Lunatic asylums United Provinces 1899-1908 - 1899-1908
Year: 1899
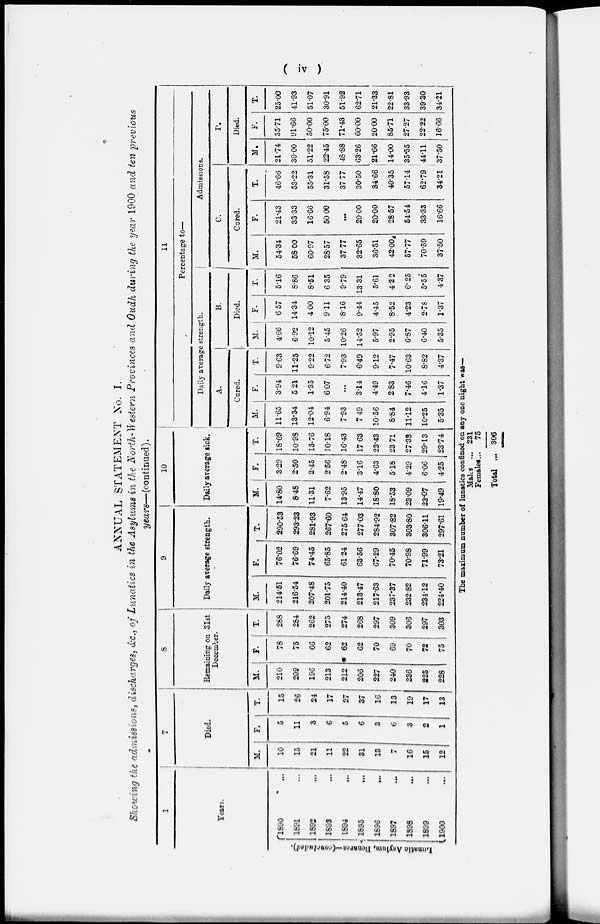
( iv )
ANNUAL STATEMENT No. I.
Showing the admissions, discharges, &c., of Lunatics in the Asylums in the North-Western Provinces and Oudh during the year 1900 and ten previous
years—(continued).
1
Years.
Lunatic
Asylum, Benares—(concluded).
1890 ...
1891 ...
1892 ...
1893 ...
1894 ...
1895 ...
1896 ...
1897 ...
1898 ...
1899 ...
1900 ...
7
Died.
M.
10
15
21
11
22
31
13
7
16
15
12
F.
5
11
3
6
5
6
3
6
3
2
1
T.
15
26
24
17
27
37
16
13
19
17
13
8
Remaining on 31st
December.
M.
210
209
196
213
212
206
227
240
236
225
228
F.
78
75
66
62
62
62
70
69
70
72
75
T.
288
264
262
275
274
268
297
309
306
297
303
9
Daily average strength.
M.
214.51
216.54
207.48
201.75
214.40
213.47
217.63
237.37
232.82
234.12
224.40
F.
76.02
76.69
74.45
65.85
61.24
63.56
67.29
70.45
70.98
71.99
73.21
T.
290.53
293.23
281.93
267.60
275.64
277.03
284.92
307.82
303.80
306.11
297.61
Daily average sick.
M.
14.80
8.48
11.31
7.62
13.95
14.47
18.80
18.53
23.09
23.07
19.49
F.
3.29
2.50
2.45
2.56
2.48
3.16
4.63
5.18
4.29
6.06
4.25
T.
18.09
10.98
13.76
10.18
16.43
17.63
23.43
23.71
27.38
29.13
23.74
11
Percentage to—
Daily average strength.
A.
Cured.
M.
11.65
13.34
12.04
6.94
7.93
7.49
10.56
6.84
11.12
10.25
5.35
F.
3.94
5.21
1.35
6.07
...
3.14
4.49
2.83
7.46
4.16
1.37
T.
9.63
11.25
9.22
6.72
7.93
6.49
9.12
7.47
10.63
8.82
4.37
B.
Died.
M.
4.66
6.92
10.12
5.45
10.26
14.52
5.97
2.95
6.87
6.40
5.35
F.
6.57
14.34
4.00
9.11
8.16
9.44
445
8.52
4.23
2.78
1.37
T.
5.16
8.86
8.51
6.35
9.79
13.31
5.61
42.2
6.25
5.55
4.37
Admissions.
C.
Cured.
M.
54.34
58.00
60.97
28.57
37.77
32.65
36.51
42.00
57.77
70.59
3750
F.
21.43
33.33
16.66
50.00
...
20.00
20.00
28.57
54.54
33.33
16.66
T.
46.66
53.22
55.31
31.58
37.77
30.50
34.66
40.35
5714
62.79
34.21
D.
Died.
M.
21.74
30.00
51.22
22.45
48.88
63.26
21.66
14.00
35.55
44.11
37.50
F.
35.71
91.66
50.00
75.00
71.43
60.00
20.00
85.71
27.27
22.22
16.66
T.
25.00
41.93
51.07
30.91
51.92
62.71
21.33
22.81
33.93
39.30
34.21
The maximum number of lunatics confined on any one night was—
Males ...
Females...
Total ...
231
75
306